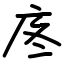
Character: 庝